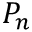
P _ { n }